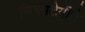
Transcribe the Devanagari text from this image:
चित्रपटेगीते